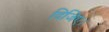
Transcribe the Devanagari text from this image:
दिजिए।